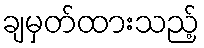
ချမှတ်ထားသည့်